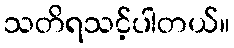
သတိရသင့်ပါတယ်။